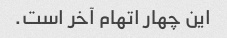
این چهار اتهام آخر است.